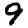
Digit: 9